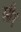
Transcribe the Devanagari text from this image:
सी१